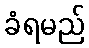
ခံရမည်